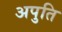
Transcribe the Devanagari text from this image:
अपुति